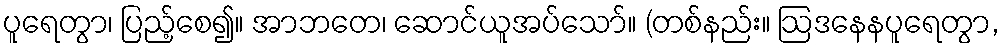
ပူရေတွာ၊ ပြည့်စေ၍။ အာဘတေ၊ ဆောင်ယူအပ်သော်။ (တစ်နည်း။ ဩဒနေနပူရေတွာ,